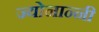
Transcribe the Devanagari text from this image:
ज्योनान्नी